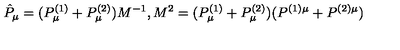
\hat { P } _ { \mu } = ( { P } _ { \mu } ^ { ( 1 ) } + { P } _ { \mu } ^ { ( 2 ) } ) M ^ { - 1 } , M ^ { 2 } = ( P _ { \mu } ^ { ( 1 ) } + P _ { \mu } ^ { ( 2 ) } ) ( P ^ { ( 1 ) \mu } + P ^ { ( 2 ) \mu } )